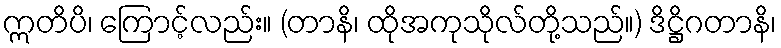
ဣတိပိ၊ ကြောင့်လည်း။ (တာနိ၊ ထိုအကုသိုလ်တို့သည်။) ဒိဋ္ဌိဂတာနိ၊